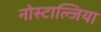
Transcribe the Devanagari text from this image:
नोस्टाल्जिया